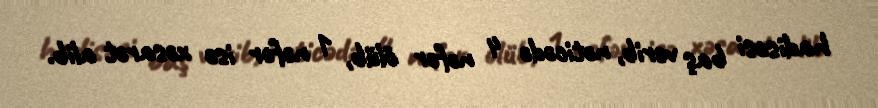
hadisəsi baş verib, nəticədə 4 nəfər ölüb, 1 nəfər isə xəsarət alib.